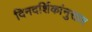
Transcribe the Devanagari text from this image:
दिनदर्शिकांनुसार